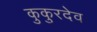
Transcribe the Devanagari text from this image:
कुकुरदेव